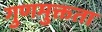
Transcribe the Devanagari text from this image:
गुणमुक्तता